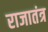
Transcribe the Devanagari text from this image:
राजातंत्र